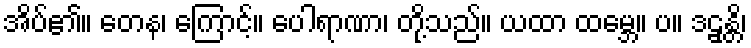
အိပ်၏။ တေန၊ ကြောင့်။ ပေါရာဏာ၊ တို့သည်။ ယထာ ထမ္ဘေ။ ပ။ ဒဠှန္တိ၊